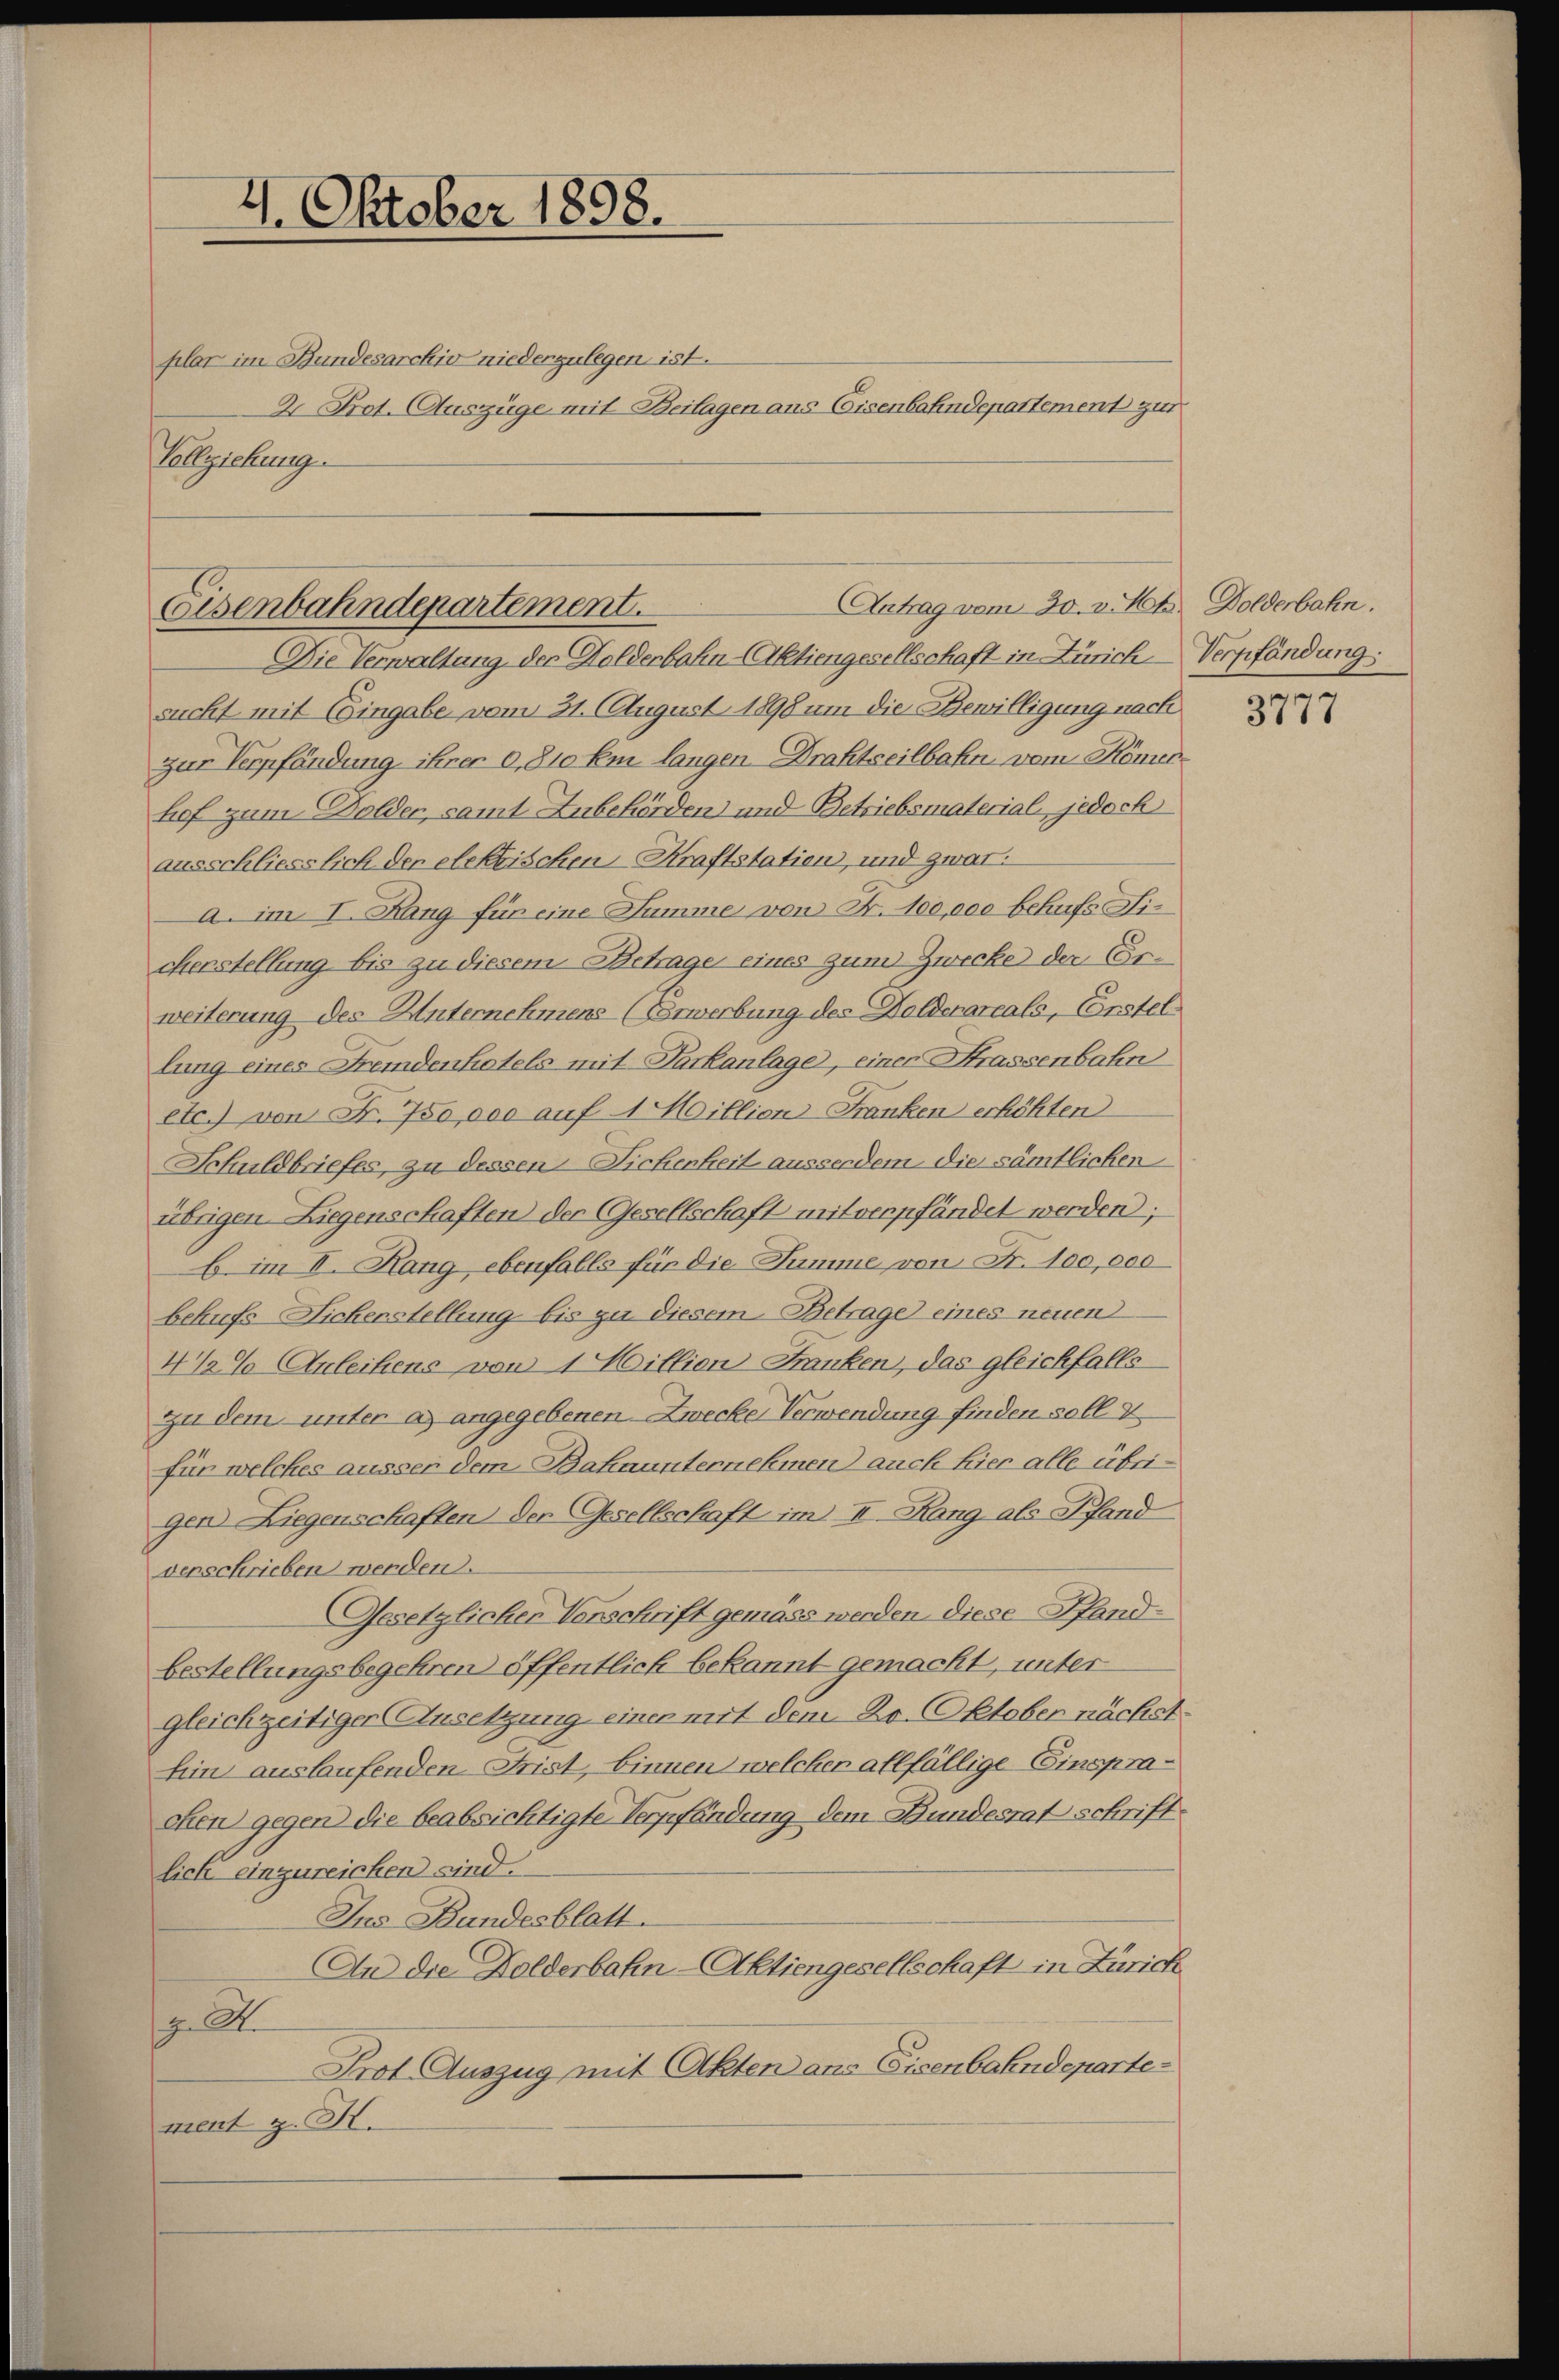
4. Oktober 1898.

plar im Bundesarchiv niederzulegen ist.
2. Prot. Auszüge mit Beilagen ans Eisenbahndepartement zur
Vollziehung

Antrag vom 30. v. Mts. Dolderbahn.
Eisenbahndepartement.

Die Verwaltung des Holderbahn-Aktiengesellschaft in Zürich Verpfändung:
sucht mit Eingabe vom 31. August 1898 um die Bewilligung nach
zur Verpfändung ihrer 0,810 km langen Drahtseilbahn vom Römertief zum Dolder, samt Zubehörden und Betriebsmaterial, jedoch
ausschliesslich der elektischen Kraftstation, und zwar
a. im I. Rang für eine Summe von Fr. 100,000 behufs Ficherstellung bis zu diesem Betrage eines zum Zwecke der Erweiterung des Unternehmens (Verwerbung des Holdenareals, Erstel
lung eines Fremdenhatels mit Parkanlage, einer Strassenbahn
etc.) von Fr. 750,000 auf 1 Million-Franken erhöhten
Schuldbriefes, zu dessen Sichenheit ausserdem die sämtlichen
übrigen Liegenschaften der Gesellschaft mitverpfändet werden;
6 im II. Rang, ebenfalls für die Summe von Fr. 100,000
behufs Sicherstellung bis zu diesem Betrage eines neuen
4 % Anleihens von 1 Million Franken, das gleichfalls
zu dem unter a) angegebenen Zwecke Verwendung finden soll 2
für welches äusser dem Bahnunternehmen auch hier alle übrigen Liegenschaften der Gesellschaft im II. Rang, als Pfand
verschrieben werden.
Gesetzlicher Verschrift gemäss werden diese Pfand-
bestellungsbegehren öffentlich bekannt gemacht, unter
gleichzeitiger Ansetzung einer mit dem 20. Oktober nächst¬
Ein auslaufenden Frist, binnen welcher allfällige Einspracken gegen die beabsichtigte Vergefändung dem Bundesrat schriftlich einzureichen sind.
Ins Bundesblatt.
An die Dolderbahn-Aktiengesellschaft in Zürich
z. A
Prot. Auszug mit Akten ans Eisenbahndepartement z. K.

3777